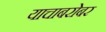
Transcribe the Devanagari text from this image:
याचाबरोबर